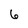
Character: 6